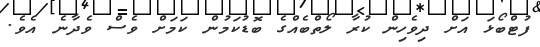
ފުޓްބޯޅަ އަށް ދިވެހިން ކުރާ ލޯތްބެއްގެ ބޮޑުކަމުން ކަމަށް ވެސް ވެދާނެ އެވެ.